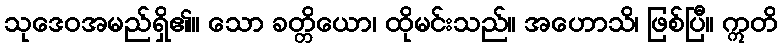
သုဒေဝအမည်ရှိ၏။ သော ခတ္တိယော၊ ထိုမင်းသည်။ အဟောသိ၊ ဖြစ်ပြီ။ ဣတိ